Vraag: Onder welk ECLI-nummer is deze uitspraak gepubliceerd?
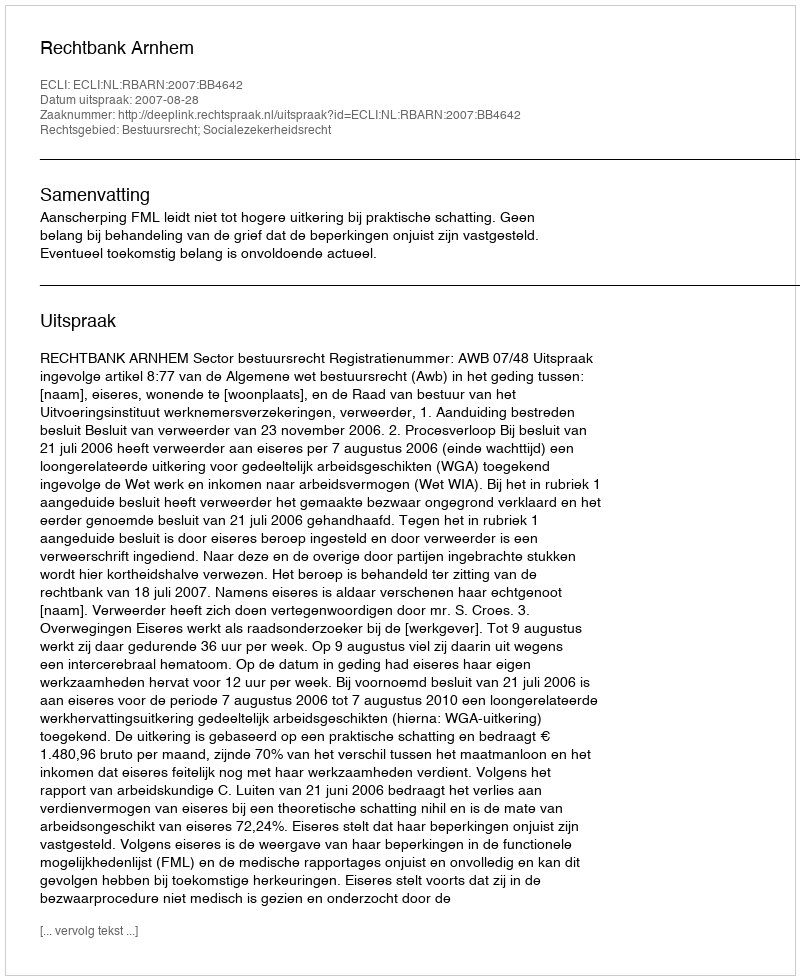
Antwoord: ECLI:NL:RBARN:2007:BB4642